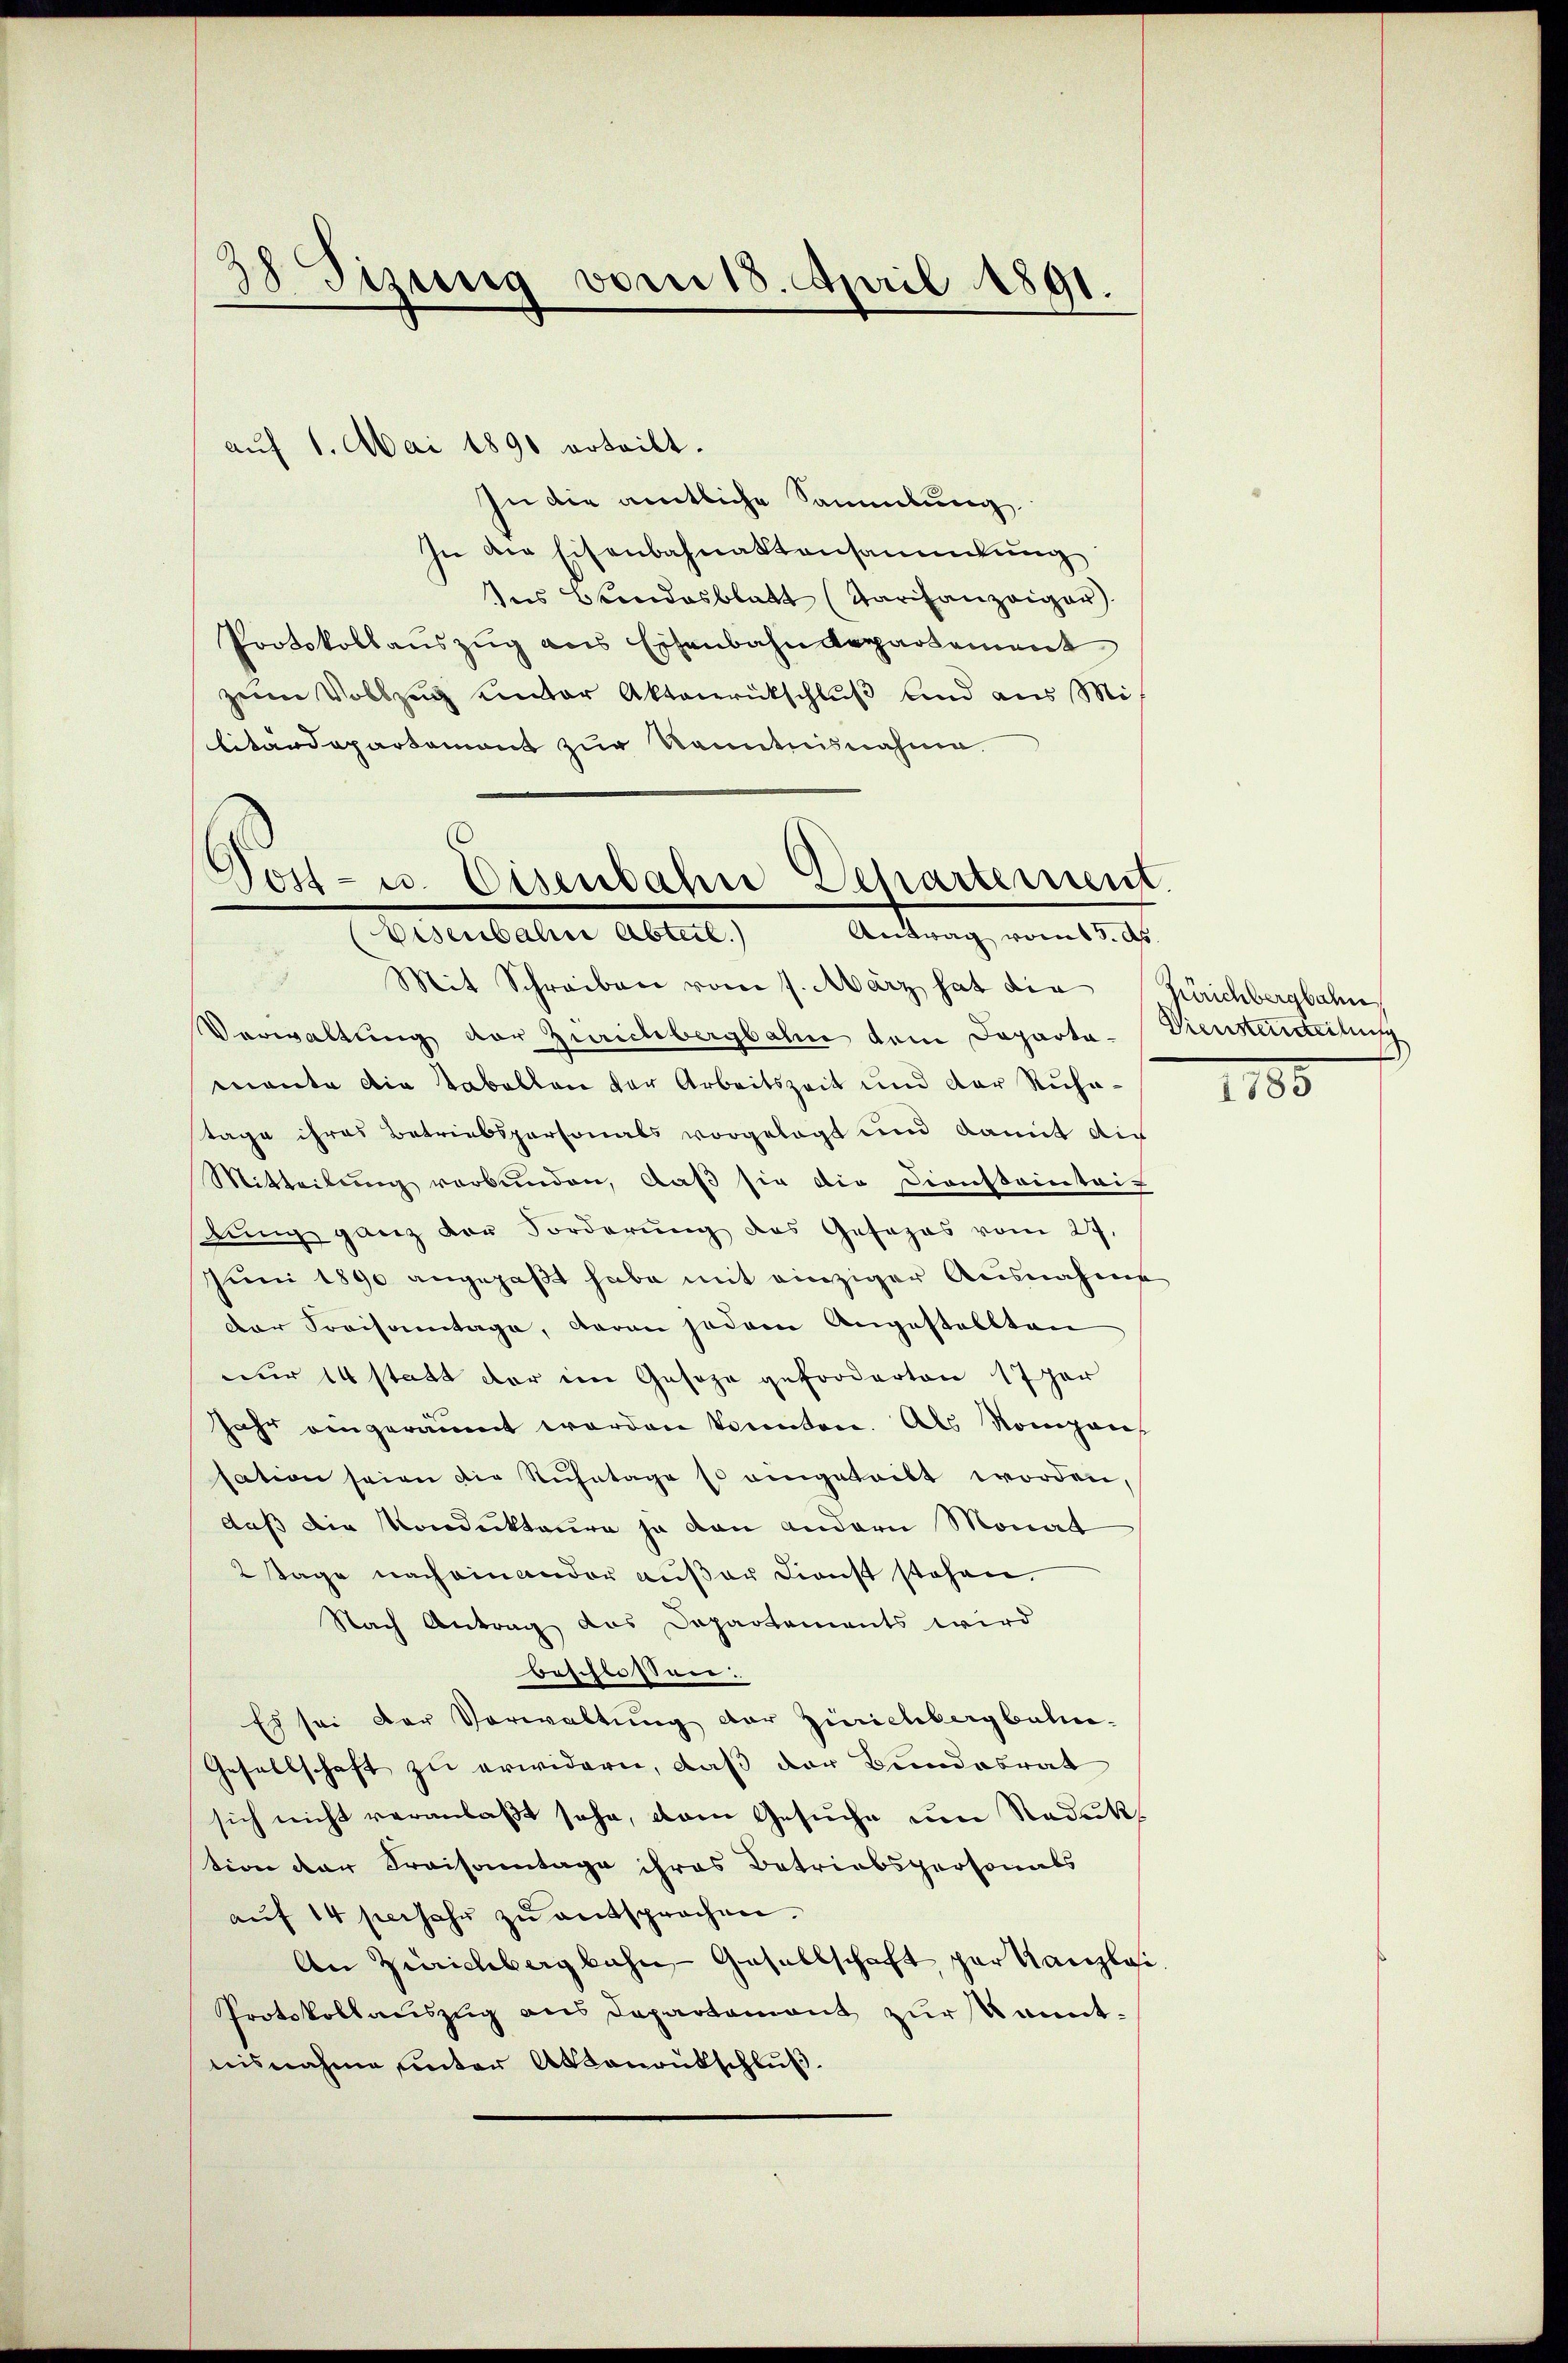
88 Sizung vom 18. April 1891.

aŭf 1. Mai 1890 erteilt.
In die amtliche Sammlung
In die Eisenbahnaktensammlung
des Brendesblatt (Tarifanzeiger
Protokollauszug aus Eisenbahndepartement
zum Vollzug unter Aktenrückschluß und aus Mi
litärdepartemont zur Kenntnisnahme.
Vost- u. Eisenbahn Departement.

Antrag vom 13. Ap
Eisenbahre Abteil.

Mit Schreiben vom 7. März hat die Zürichbergbahn
Verwaltung der Zürichbergbahne dem Doporta-Diensteinteilung
mante die Tabellen der Arbeitszeit und der Ruhastage ihres Betriebspersonals vorgelegt und damit die
Mitteilŭng verbunden, daβ sie die Diensteintri-
dung ganz der Forderung des Gesages vom 27.
Juni 1890 angepaßt habe mit einziger Ausnahme
der Kreisamtage, daran jedem Angestellten
nur 14 statt der im Geseze geforderten 17 har
Jahr eingeräumt werden könnten. Als Kompens
sation seien die Ruhetage so eingeteilt worden,
daß die Kondukteure ja dann andern Monat
2 Tage nach einander außer Dienst stehen.
Nach Antrag das Departements wird
beschlossen.
Es sei der Vorwaltung der Zürichbergbahn-
Gesellschaft zu erwidern, daß der Bundesrat
sich nicht veranlaßt sehe, dann Gesuche um Reduk
tion der Kraisonntage ihres Betriebspersonals
aŭf 14 sie sehr zŭ entsprochen.
An Zürichbergbahn, Gesellschaft par Kanzlosi
Protokollauszug aus Departement zur kanntnisnahme unter Absonrutschluß.

1185.